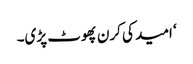
‘ امید کی کرن پھوٹ پڑی۔